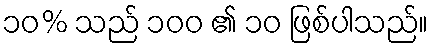
၁၀% သည် ၁၀၀ ၏ ၁၀ ဖြစ်ပါသည်။